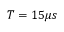
T = 1 5 \mu s